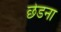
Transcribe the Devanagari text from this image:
छेडना